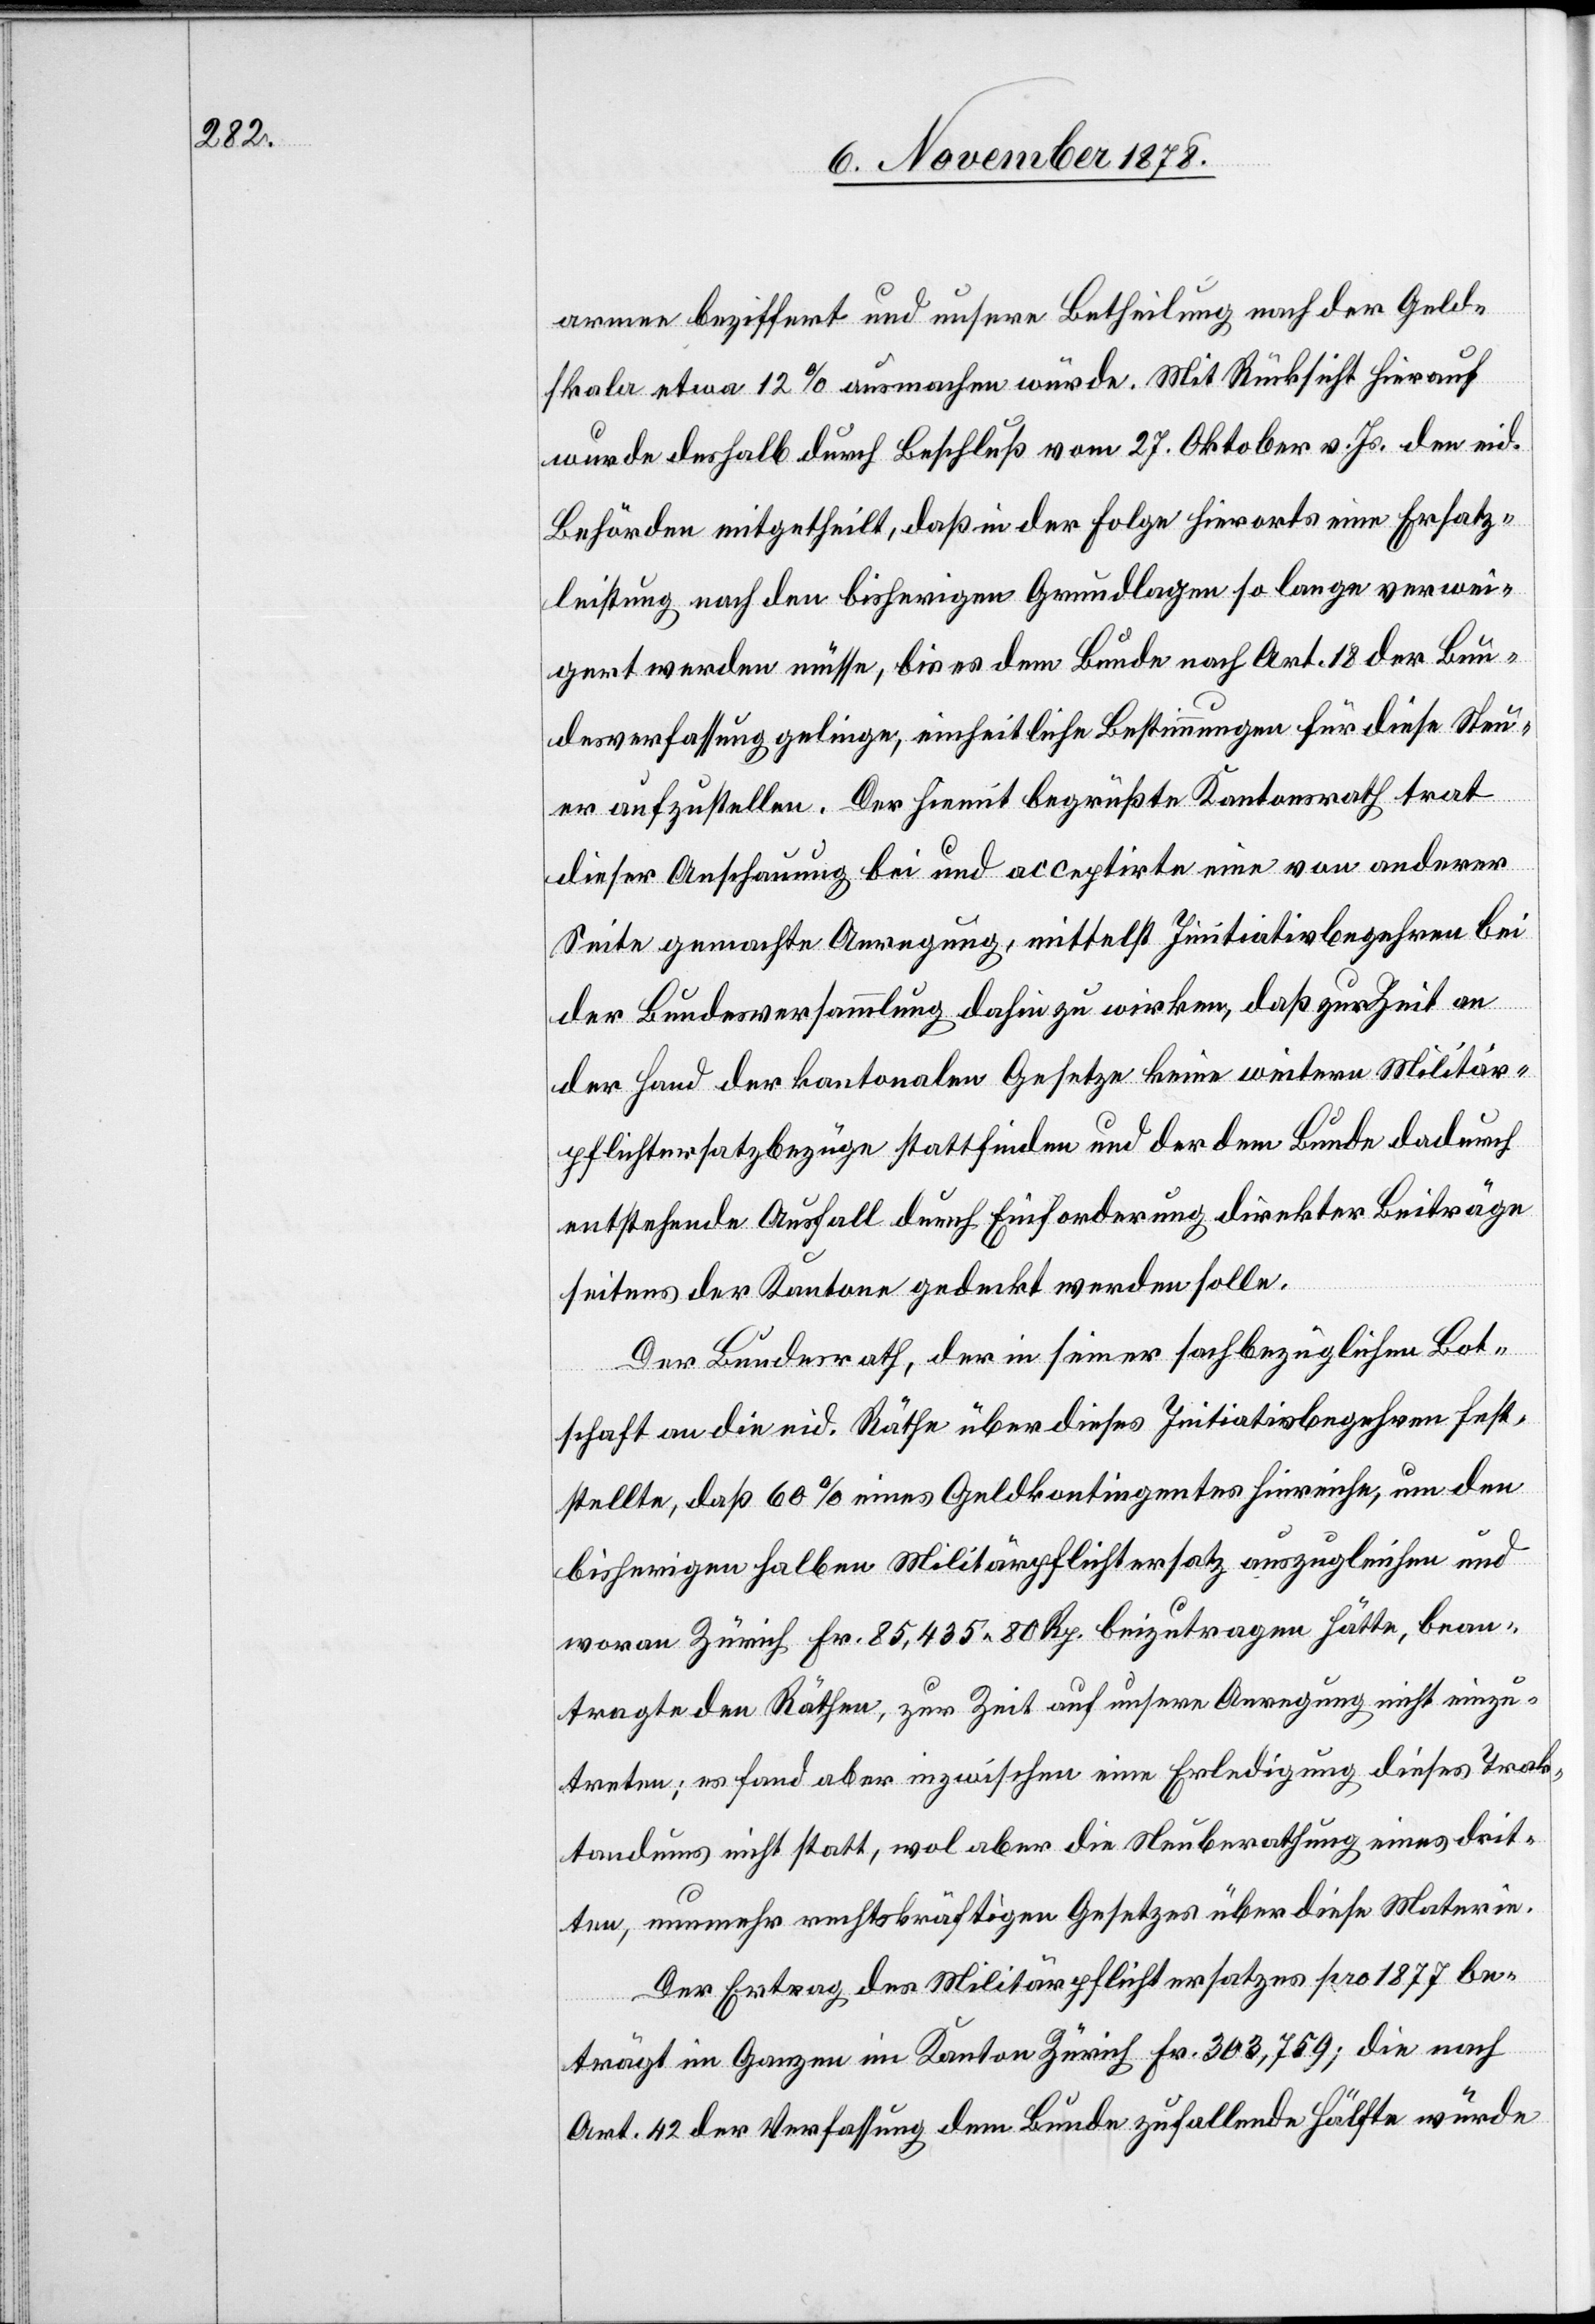
armee beziffert und unsere Betheilung nach der Geld¬
skala etwa 10% ausmachen würde. Mit Rücksicht hierauf
wurde deshalb durch Beschluß vom 27. Oktober v. Js. den eid.
Behörden mitgetheilt, daß in der Folge hierorts eine Ersatz¬
leistung nach den bisherigen Grundlagen so lange verwei¬
gert werden müsse, bis es dem Bunde nach Art. 18 der Bun¬
desverfassung gelinge, einheitliche Bestimmungen für diese Steu¬
er aufzustellen. Der hiemit begrüßte Kantonsrath trat
dieser Auffassung bei und acceptirte eine von anderer
Seite gemachte Anregung, mittelst Initiativbegehren bei
der Bundesversammlung dahin zu wirken, daß zur Zeit an
der Hand der kantonalen Gesetze keine weitern Militär¬
pflichtersatzbezüge stattfinden und der dem Bunde dadurch
entstehende Ausfall durch Einforderung direkter Beiträge
seitens der Kantone gedeckt werden solle.
Der Bundesrath, der in seiner sachbezüglichen Bot¬
schaft an die eid. Räthe über dieses Initiativbegehren fest¬
stellte, daß 60% eines Geldkontingentes hinreiche, um den
bisherigen halben Militärpflichtersatz auszugleichen und
woran Zürich Fr. 85,435 80 Rp. beizutragen hätte, bean¬
tragte den Räthen, zur Zeit auf unsere Anregung nicht einzu¬
treten; es fand aber inzwischen eine Erledigung dieses Trak¬
tandums nicht statt, wol aber die Neuberathung eines drit¬
ten, nunmehr rechtskräftigen Gesetzes über diese Materie.
Der Ertrag des Militärpflichtersatzes pro 1877 be¬
trägt im Ganzen im Kanton Zürich Fr. 303,759; die nach
Art. 42 der Verfassung dem Bunde zufallende Hälfte würde